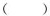
()